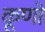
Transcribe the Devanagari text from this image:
कूणों